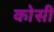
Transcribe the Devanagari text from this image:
काेसी